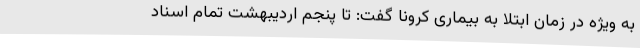
به ویژه در زمان ابتلا به بیماری کرونا گفت: تا پنجم اردیبهشت تمام اسناد